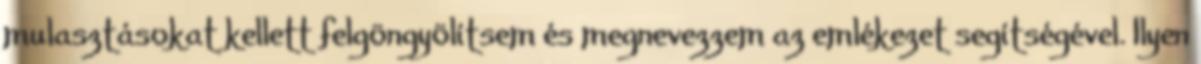
mulasztásokat kellett felgöngyölítsem és megnevezzem az emlékezet segítségével. Ilyen